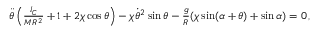
\begin{array} { r } { \ddot { \theta } \left( \frac { I _ { C } } { M R ^ { 2 } } + 1 + 2 \chi \cos \theta \right) - \chi \dot { \theta } ^ { 2 } \sin \theta - \frac { g } { R } ( \chi \sin ( \alpha + \theta ) + \sin \alpha ) = 0 \, , } \end{array}